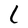
Character: l